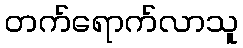
တက်ရောက်လာသူ